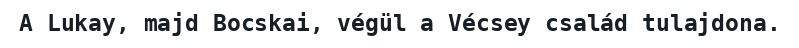
A Lukay, majd Bocskai, végül a Vécsey család tulajdona.